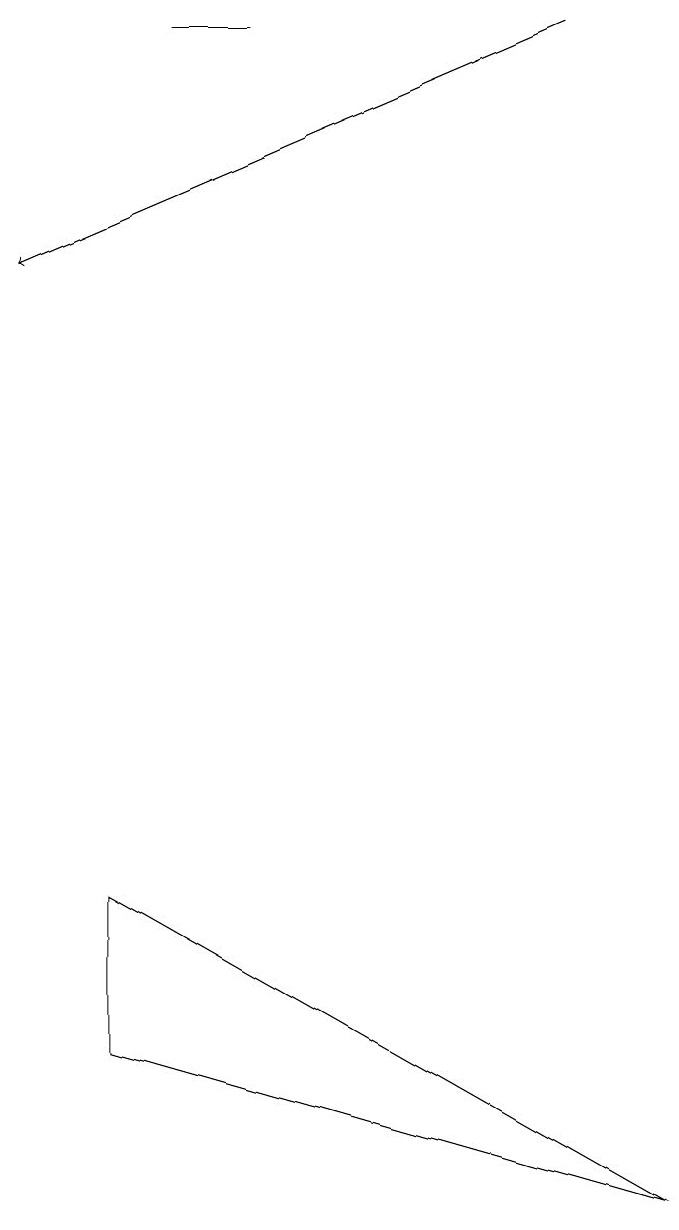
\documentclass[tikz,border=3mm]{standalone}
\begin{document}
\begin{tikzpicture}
\draw (2,19) rectangle (3,19);
\draw (8,4) -- (1,6) -- (1,8) -- cycle;
\draw[->] (7,19) -- (0,16);
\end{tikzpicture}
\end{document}